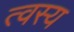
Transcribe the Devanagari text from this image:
त्वस्य